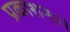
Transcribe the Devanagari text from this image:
प्रकाशनः।।